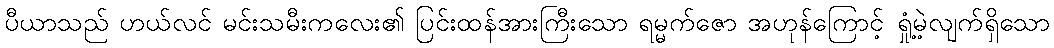
ပီယာသည် ဟယ်လင် မင်းသမီးကလေး၏ ပြင်းထန်အားကြီးသော ရမ္မက်ဇော အဟုန်ကြောင့် ရှုံ့မဲ့လျက်ရှိသော